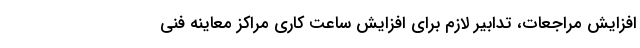
افزایش مراجعات، تدابیر لازم برای افزایش ساعت کاری مراکز معاینه فنی